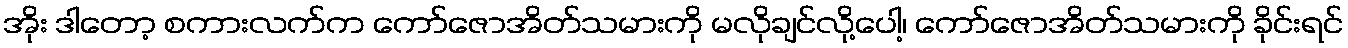
အိုး ဒါတော့ စကားလက်က ကော်ဇောအိတ်သမားကို မလိုချင်လို့ပေါ့၊ ကော်ဇောအိတ်သမားကို ခိုင်းရင်